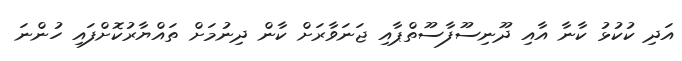
އަދި ކުކުޅު ކާނާ އާއި ދޫނިސޫފާސޫތްޕާއި ޖަނަވާރަށް ކާން ދިނުމަށް ތައްޔާރުކޮށްފައި ހުންނަ